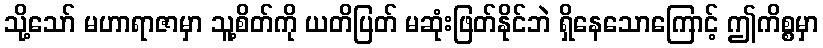
သို့သော် မဟာရာဇာမှာ သူ့စိတ်ကို ယတိပြတ် မဆုံးဖြတ်နိုင်ဘဲ ရှိနေသောကြောင့် ဤကိစ္စမှာ